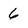
Character: 6